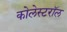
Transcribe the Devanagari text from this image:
कोलेस्टरॉल